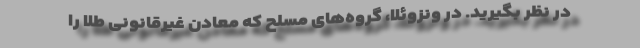
در نظر بگیرید. در ونزوئلا، گروه‌های مسلح که معادن غیرقانونی طلا را